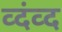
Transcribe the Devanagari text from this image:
व्दंव्द